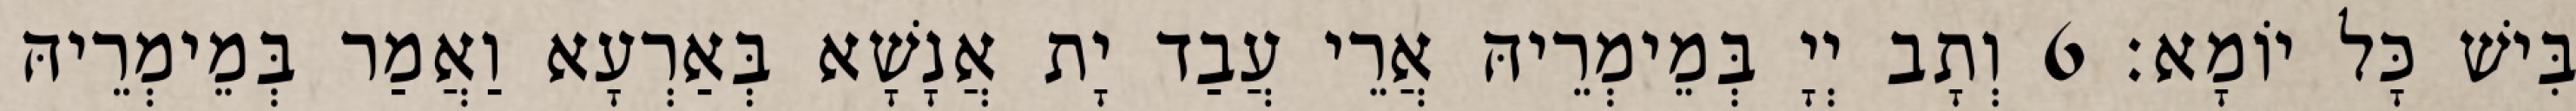
בִּישׁ כָּל יוֹמָא׃ 6 וְתָב יְיָ בְּמֵימְרֵיהּ אֲרֵי עֲבַד יָת אֲנָשָׁא בְּאַרְעָא וַאֲמַר בְּמֵימְרֵיהּ